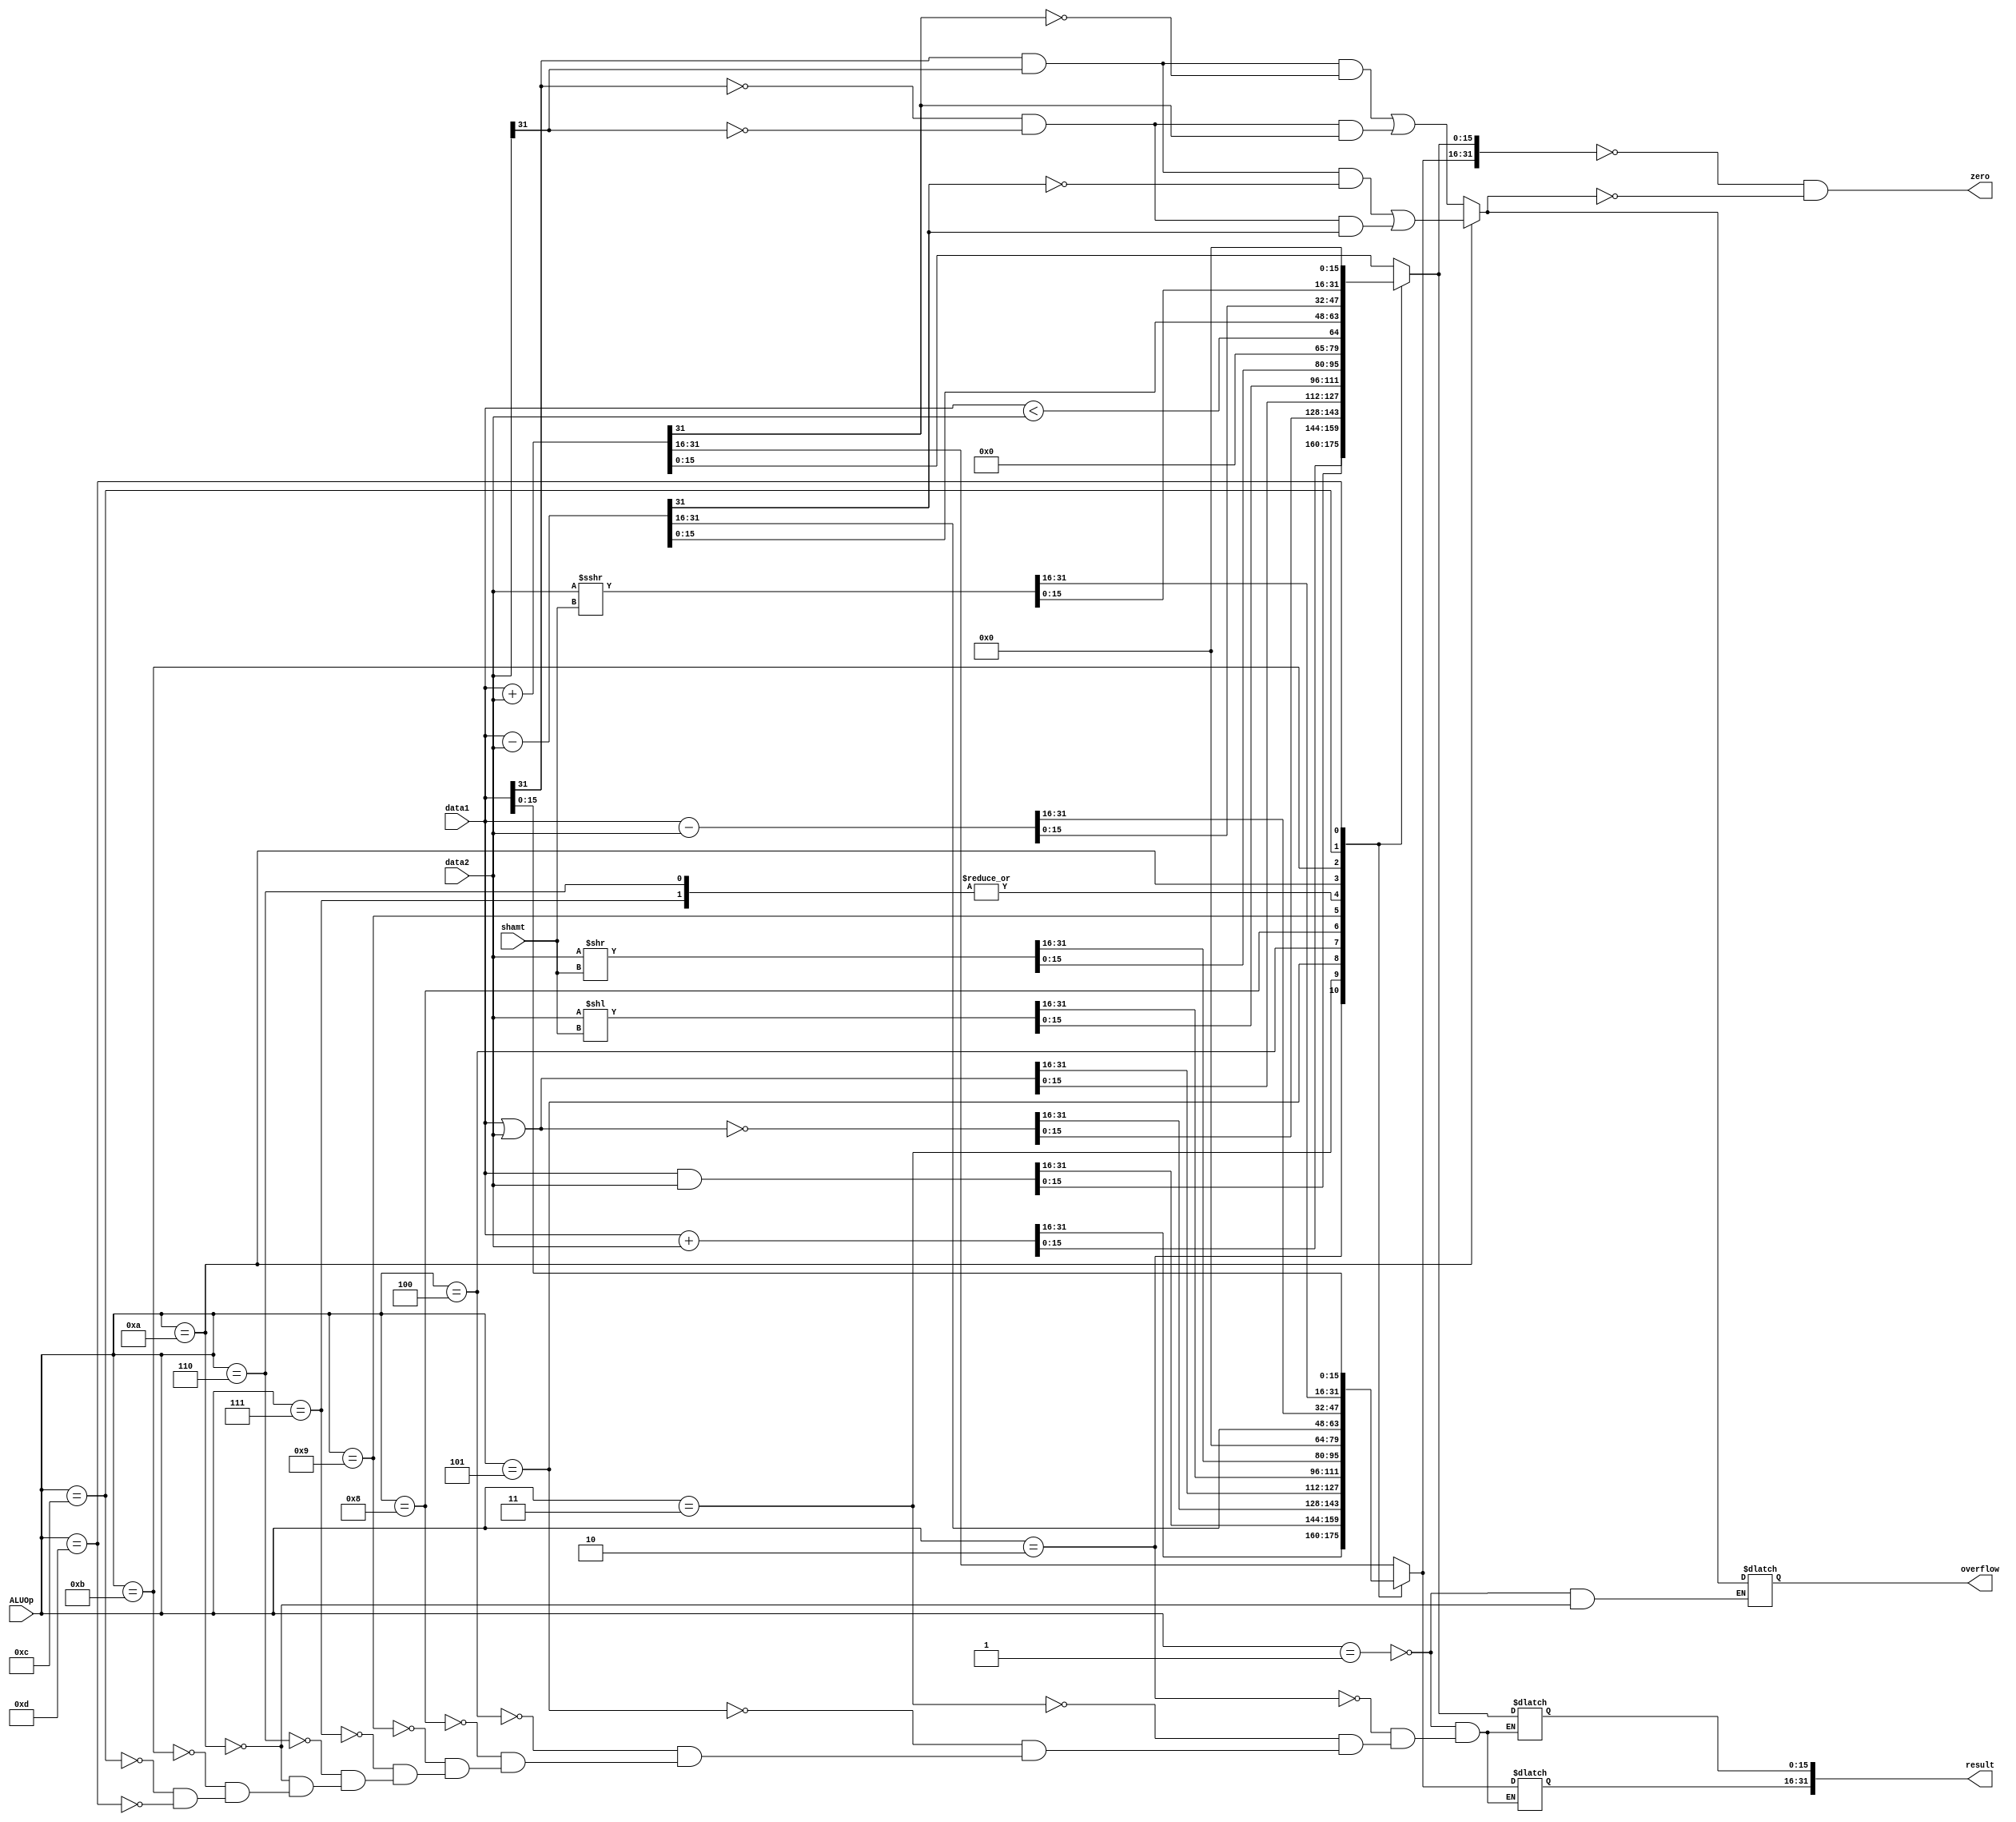
`define ADD 4'b0001
`define ADDU 4'b0010
`define AND 4'b0011
`define OR 4'b0100
`define NOR 4'b0101
`define SLTU 4'b0110
`define SLT 4'b0111
`define SLL 4'b1000
`define SRL 4'b1001
`define SUB 4'b1010
`define SUBU 4'b1011
`define SRA 4'b1100
`define LUI 4'b1101

 module ALU
(
	input [31:0] data1, data2,
	input [3:0] ALUOp,
	input [4:0] shamt,
	output reg [31:0] result,
	output reg zero,
	output reg overflow
);

always @ (*) begin

	case (ALUOp)
		`ADD:		
				begin
				result = $signed(data1) + $signed(data2);
				overflow = (data1[31] && data2[31] && ~result[31]) || (~data1[31] && ~data2[31] && result[31]);
				end
					
		`ADDU:		begin
				result = $unsigned(data1) + $unsigned(data2);
				end
		`AND:		result = data1 & data2;
		`NOR:		result = ~(data1 | data2);
		`OR:		result = data1 | data2;
		`SLL:		result = data2 << shamt;
		`SRL:		result = data2 >> shamt;
		`SLT: 		result = (data1 < data2);
		`SLTU:		result = (data1 < data2);
		
		`SUB:		begin
				result = $signed(data1) - $signed(data2);
				overflow = (data1[31] && data2[31] && ~result[31]) || (~data1[31] && ~data2[31] && result[31]);
				end
		`SUBU:		result = $unsigned(data1) - $unsigned(data2);
		`SRA:		result = data2 >>> shamt;
		
		`LUI:		begin
				result[31:16] = data1[15:0];
				result[15:0] = 16'b0000000000000000;
				end
	
	endcase
	zero = (result == 32'b0) && (~overflow);
end

endmodule